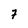
Character: 7